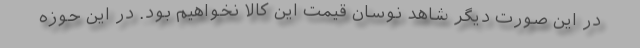
در این صورت دیگر شاهد نوسان قیمت این کالا نخواهیم بود. در این حوزه